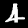
Label: 4